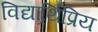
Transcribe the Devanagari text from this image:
विद्यार्र्थिप्रिय